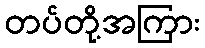
တပ်တို့အကြား